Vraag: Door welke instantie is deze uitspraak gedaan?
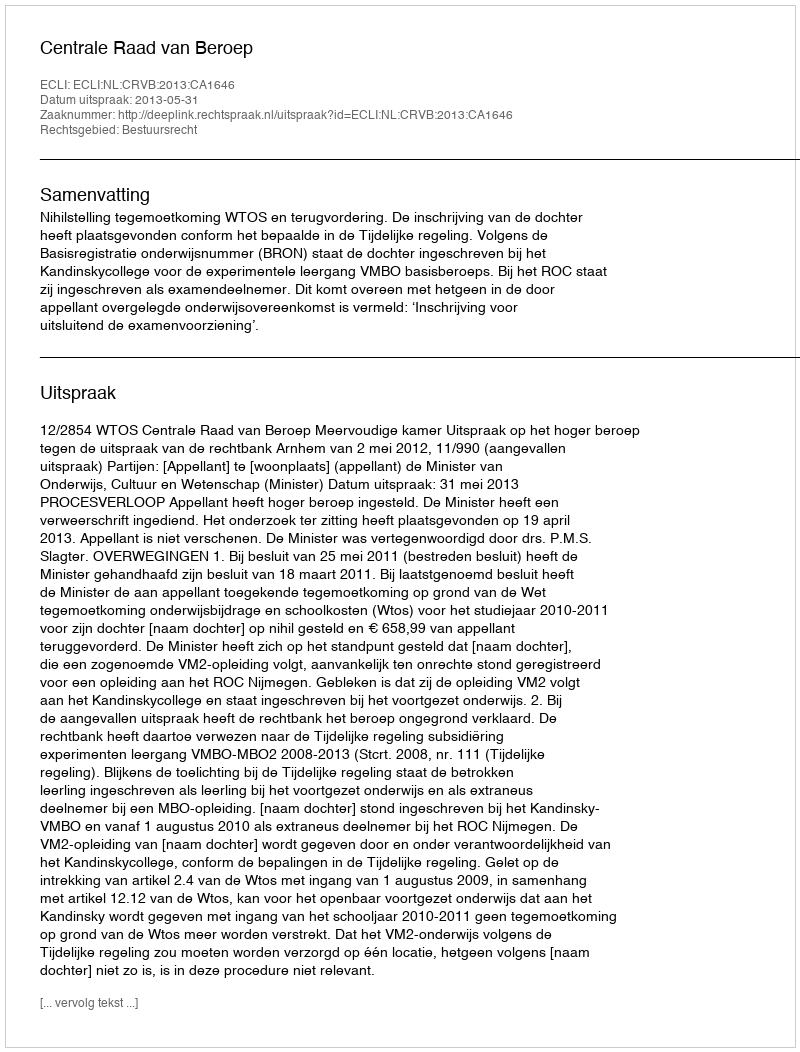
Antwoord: Centrale Raad van Beroep